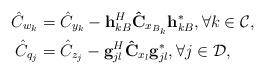
LaTeX: \begin{align*}\hat C_{w_k}&=\hat C_{y_k}-{\bf h}^{H}_{kB}{\bf\hat C}_{x_{B_k}}{\bf h}^{*}_{kB},\forall k\in\mathcal{C},\\\hat C_{q_j}&=\hat C_{z_j}-{\bf g}^{H}_{jl}{\bf\hat C}_{x_{l}}{\bf g}^{*}_{jl},\forall j\in\mathcal{D},\end{align*}